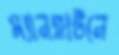
ম্যানহাটনে